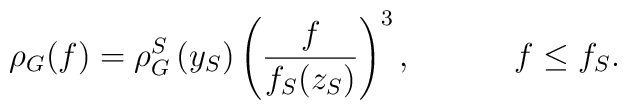
\rho_{G}(f)=\rho_{G}^{S}\left(y_S\right)\left(\frac{f}{f_S(z_S)}\right)^3, \hspace{0.5in} f\le f_S.